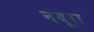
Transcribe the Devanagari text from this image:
नंदूरा